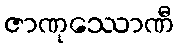
ဇာဏုဿောဏီ